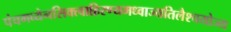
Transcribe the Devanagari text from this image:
पंचगव्येनसिक्त्वाहिरण्यमध्वाज्यतिलैश्चयोज्य